system: You are a helpful assistant.
user:
Analyze the provided spectrum to determine if it is a **"Cataclysmic Variables (CV)"**.

- **Key Indicators for CV (Check for either state):**
    - **State 1: Quiescent / Low-State (Emission-Dominated)**
        - **(Primary):** Strong and *very broad* Hydrogen Balmer emission lines (e.g., $H\alpha$ at 6563 Å, $H\beta$ at 4861 Å). The 'broadness' (high velocity dispersion, often FWHM > 1000 km/s) is the key diagnostic, indicating a high-velocity accretion disk.
        - **(Secondary):** Broad neutral Helium (He I) emission lines (e.g., 5876 Å, 6678 Å).
        - **(Key Confirmation):** Presence of high-excitation *ionized* Helium (He II) emission at 4686 Å. This is a strong indicator of accretion onto a white dwarf.
        - **(Line Profile):** Emission lines may exhibit a 'double-peaked' profile, which is a classic signature of a rotating accretion disk viewed at high inclination.

    - **State 2: Outburst / High-State (Absorption-Dominated)**
        - **(Primary):** Spectrum is dominated by a bright, blue continuum (looks like a hot star).
        - **(Secondary):** The emission lines from State 1 are weak, absent, or 'filled in', and are replaced by broad, shallow *absorption* lines (primarily Balmer and He I).
        - **(Morphology):** The overall spectrum mimics a hot B/A-type star. The crucial difference is that the absorption lines are significantly broader, shallower, and more 'washed-out' (or 'smeared') than the sharp lines of a normal stellar photosphere, due to high rotational speeds and pressure broadening in the disk.

Think first, call **spectral_visualization_tool** if needed to examine features in detail, then provide your final answer. Your response must adhere to the following strict rules:
1.  **Overall Structure:** Your response must follow the format `<think>...</think> <tool_call>...</tool_call> (if a tool is used) <answer>...</answer>`.
2.  **Tool Usage Constraint:** You may only make **one** tool call per turn.
3.  **Final Answer Format:** In the `<answer>` tag, your conclusion must be inside a `\boxed{}` command (e.g., `\boxed{YES}`), followed by your justification.

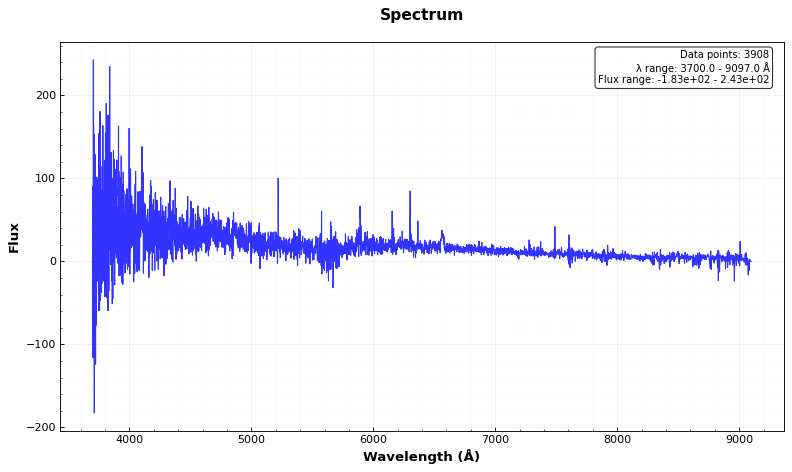
Answer: YES